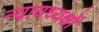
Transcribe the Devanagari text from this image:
न्यायध्यक्षों